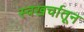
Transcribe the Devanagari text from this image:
स्वखर्चातून